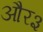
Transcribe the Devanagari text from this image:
और३